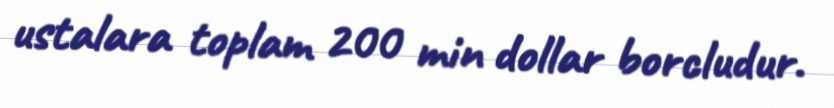
ustalara toplam 200 min dollar borcludur.